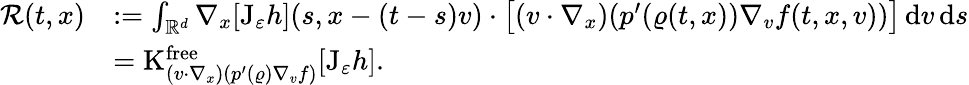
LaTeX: \begin{array}{rl}{\mathcal{R}(t,x)}&{:=\int_{\mathbb R^{d}}\nabla_{x}[\mathrm{J}_{\varepsilon}h](s,x-(t-s)v)\cdot\big[(v\cdot\nabla_{x})(p^{\prime}(\varrho(t,x))\nabla_{v}f(t,x,v))\big]\, \mathrm{d}v\, \mathrm{d}s}\\ &{=\mathrm{K}_{(v\cdot\nabla_{x})(p^{\prime}(\varrho)\nabla_{v}f)}^{\mathrm{free}}[\mathrm{J}_{\varepsilon}h].}\end{array}